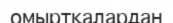
омыртқалардан